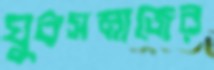
যুবসমাজের